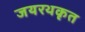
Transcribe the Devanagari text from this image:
जयरथकृत